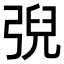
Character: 𢏱